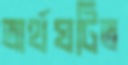
অর্থঘটিত